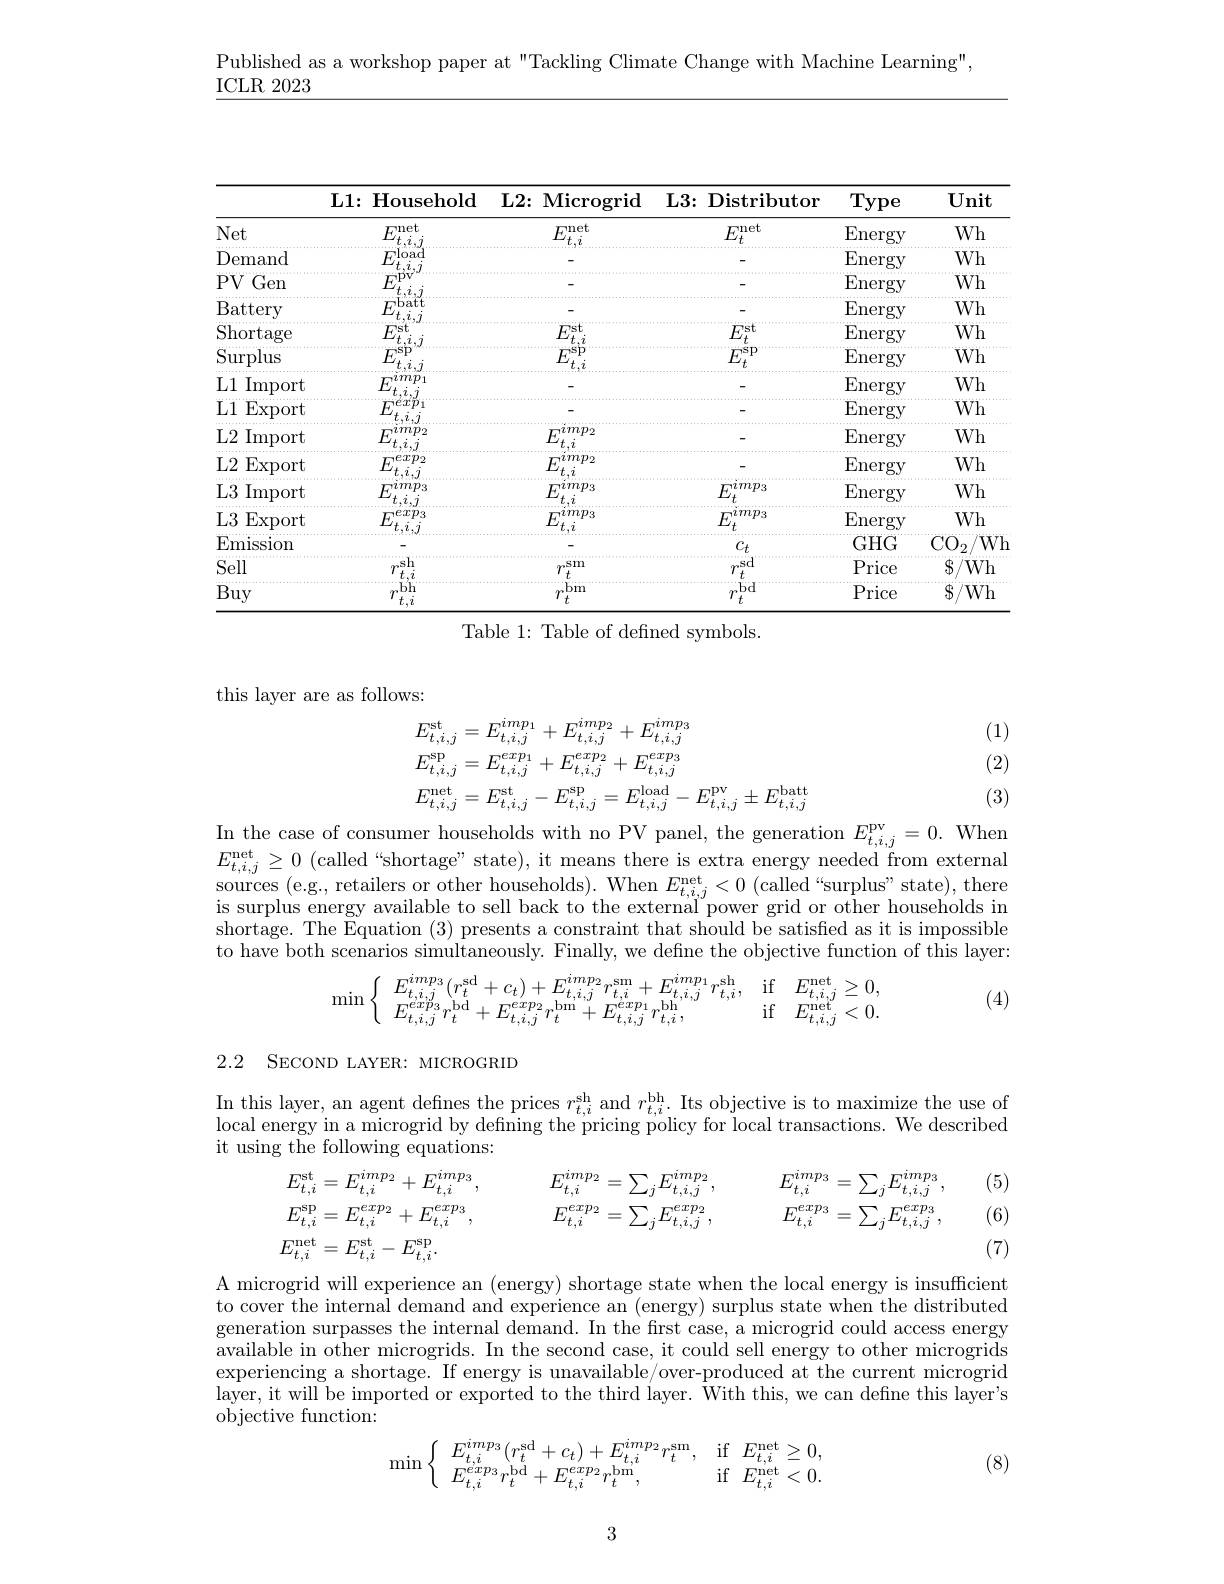
Published as a workshop paper at "Tackling Climate Change with Machine Learning",

ICLR 2023

<table>
	<tbody>
		<tr>
			<th> </th>
			<th>$\mathbf{L}1\colon\mathbf{H}$ousehold</th>
			<th>L2: Microgrid</th>
			<th>L3: Distributor</th>
			<th>Type</th>
			<th>$\mathbf{Unit}$</th>
		</tr>
		<tr>
			<td>Net</td>
			<td>M $7net$</td>
			<td>$E_{t}^{\mathrm{net}}$ $^{'}t.i$</td>
			<td>$E_t^\mathrm{net}$</td>
			<td>$\operatorname{Energy}$</td>
			<td>$Wh$</td>
		</tr>
		<tr>
			<td>Demand</td>
			<td>$E$ T 1A</td>
			<td> </td>
			<td> </td>
			<td>Energy</td>
			<td>$Wh$</td>
		</tr>
		<tr>
			<td>PVGen</td>
			<td>$F$</td>
			<td> </td>
			<td> </td>
			<td>Energy</td>
			<td>$Wh$</td>
		</tr>
		<tr>
			<td>Battery</td>
			<td>$E$ bat1</td>
			<td> </td>
			<td> </td>
			<td>Energy</td>
			<td>$Wh$</td>
		</tr>
		<tr>
			<td>Shortage</td>
			<td>$E$ 1st</td>
			<td>$E_{t}^{\mathrm{st}}_{i}$ 1</td>
			<td>$E_{t}^{\mathrm{st}}$ $\tilde{f}$</td>
			<td>$\operatorname{Energy}$</td>
			<td>$Wh$</td>
		</tr>
		<tr>
			<td>Surplus</td>
			<td>$F$</td>
			<td>$F_{c}^{\mathrm{sp}}$</td>
			<td>$E_{t}^{\mathrm{sp}}$</td>
			<td>Energy</td>
			<td>$Wh$</td>
		</tr>
		<tr>
			<td>L1 $\operatorname{Import}$</td>
			<td>10 $F$</td>
			<td> </td>
			<td> </td>
			<td>Energy</td>
			<td>$Wh$</td>
		</tr>
		<tr>
			<td>$L1$ Export</td>
			<td>$E$</td>
			<td> </td>
			<td> </td>
			<td>Energy</td>
			<td>$Wh$</td>
		</tr>
		<tr>
			<td>L2 $\operatorname{Import}$</td>
			<td>$E$ $\iota mp_{2}$ $t.\dot{i}$</td>
			<td>$E$ $imp_2$ $^{'}t,i$</td>
			<td> </td>
			<td>Energy</td>
			<td>$Wh$</td>
		</tr>
		<tr>
			<td>L2 Export</td>
			<td>$E$ $exp_{2}$</td>
			<td>$imp_2$ $E$ $^{'}t,i$</td>
			<td> </td>
			<td>Energy</td>
			<td>$Wh$</td>
		</tr>
		<tr>
			<td>L3 $\operatorname{Import}$</td>
			<td>$E$</td>
			<td>$E$ $imp_3$ $^{'}t,i$</td>
			<td>$E_t^{imp_3}$</td>
			<td>Energy</td>
			<td>$Wh$</td>
		</tr>
		<tr>
			<td>L3 Export</td>
			<td>$E$ e2223 $f$</td>
			<td>$E$ $imp_3$ $^{'}t,i$</td>
			<td>$E_{t}^{imp_{3}}$</td>
			<td>Energy</td>
			<td>$Wh$</td>
		</tr>
		<tr>
			<td>Emission</td>
			<td> </td>
			<td> </td>
			<td>$c_t$</td>
			<td>$GHG$</td>
			<td>$\mathrm{CO}_{2}$ $Wh$</td>
		</tr>
		<tr>
			<td>Sell</td>
			<td> </td>
			<td>$sm$ 1</td>
			<td>sr</td>
			<td>Price</td>
			<td>$S_{i}$ {:}/Wh </td>
		</tr>
		<tr>
			<td>Buy</td>
			<td>$bh$</td>
			<td>$bm$ 1 $f$</td>
			<td>,bd $7^{*}$ $t$</td>
			<td>Price</td>
			<td>$\$/Wh$</td>
		</tr>
	</tbody>
</table>
Table 1: Table of defined symbols.

this layer are as follows:

(1) (2)
$$\begin{aligned}&E_{t,i,j}^{\mathrm{st}}=E_{t,i,j}^{imp_{1}}+E_{t,i,j}^{imp_{2}}+E_{t,i,j}^{imp_{3}}\\&E_{t,i,j}^{\mathrm{sp}}=E_{t,i,j}^{exp_{1}}+E_{t,i,j}^{exp_{2}}+E_{t,i,j}^{exp_{3}}\\&E_{t,i,j}^{\mathrm{net}}=E_{t,i,j}^{\mathrm{st}}-E_{t,i,j}^{\mathrm{sp}}=E_{t,i,j}^{\mathrm{load}}-E_{t,i,j}^{\mathrm{pv}}\pm E_{t,i,j}^{\mathrm{batt}}\\&\text{1}\end{aligned}$$
(3)

In the case of consumer households with no PV panel, the generation $E_{t,i,j}^\mathrm{pv}=0.$ When $E_{t, i, j}^{\mathrm{net}}\geq 0$ (called“ shortage” state) , it means there is extra energy needed from external sources ( e. g, retailers or other households) . When $E_{t, i, j}^{\mathrm{net}}< 0$ (called“ surplus" state) , there is surplus energy available to sell back to th shortage. The Equation (3) presents a constraint that should be satisfied as it is impossible to have both scenarios simultaneously. Finally, we define the objective function of this layer:
$$\min\left\{\begin{array}{ll}E_{t,i,j}^{imp_3}(r_t^{\mathrm{sd}}+c_t)+E_{t,i,j}^{imp_2}r_{t,i}^{\mathrm{sm}}+E_{t,i,j}^{imp_1}r_{t,i}^{\mathrm{sh}},&\mathrm{if}\quad E_{t,i,j}^{\mathrm{net}}\geq0,\\E_{t,i,j}^{exp_3}r_t^{\mathrm{bd}}+E_{t,i,j}^{exp_2}r_t^{\mathrm{bm}}+E_{t,i,j}^{exp_1}r_{t,i}^{\mathrm{bh}},&\mathrm{if}\quad E_{t,i,j}^{\mathrm{net}}<0.\end{array}\right.$$
(4)

2.2 SECOND LAYER: MICROGRID

In this layer, an agent defines the prices $r_{t,i}^\mathrm{sh}$ and $r_t,i^\mathrm{bh}.$ Its objective is to maximize the use of local energy in a microgrid by defining the pricing policy for local transactions. We described it using the following equations:
$$\begin{aligned}&E_{t,i}^{\mathrm{st}}=E_{t,i}^{imp_{2}}+E_{t,i}^{imp_{3}},E_{t,i}^{imp_{2}}=\sum_{j}E_{t,i,j}^{imp_{2}},E_{t,i}^{imp_{3}}=\sum_{j}E_{t,i,j}^{imp_{3}},\\&E_{t,i}^{\mathrm{sp}}=E_{t,i}^{exp_{2}}+E_{t,i}^{exp_{3}},E_{t,i}^{exp_{2}}=\sum_{j}E_{t,i,j}^{exp_{2}},E_{t,i}^{exp_{3}}=\sum_{j}E_{t,i,j}^{exp_{3}},\\&E_{t,i}^{\mathrm{net}}=E_{t,i}^{\mathrm{st}}-E_{t,i}^{\mathrm{sp}}.\end{aligned}$$
(5) (6)

(7)

A microgrid will experience an (energy) shortage state when the local energy is insufficient to cover the internal demand and experience an (energy) surplus state when the distributed generation surpasses the internal demand. In the first case, a microgrid could access energy available in other microgrids. In the second case, it could sell energy to other microgrids experiencing a shortage. If energy is unavailable/over-produced at the current microgrid layer, it will be imported or exported to the third layer. With this, we can define this layer's objective function:
$$\min\left\{\begin{array}{lll}E_{t,i}^{imp_3}(r_t^{\mathrm{sd}}+c_t)+E_{t,i}^{imp_2}r_t^{\mathrm{sm}},&\text{if}&E_{t,i}^{\mathrm{net}}\geq0,\\E_{t,i}^{exp_3}r_t^{\mathrm{bd}}+E_{t,i}^{exp_2}r_t^{\mathrm{bm}},&\text{if}&E_{t,i}^{\mathrm{net}}<0.\end{array}\right.$$
(8)

3